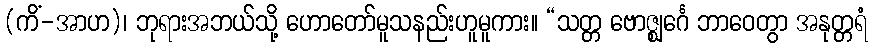
(ကိံ-အာဟ)၊ ဘုရားအဘယ်သို့ ဟောတော်မူသနည်းဟူမူကား။ “သတ္တ ဗောဇ္ဈင်္ဂေ ဘာဝေတွာ အနုတ္တရံ